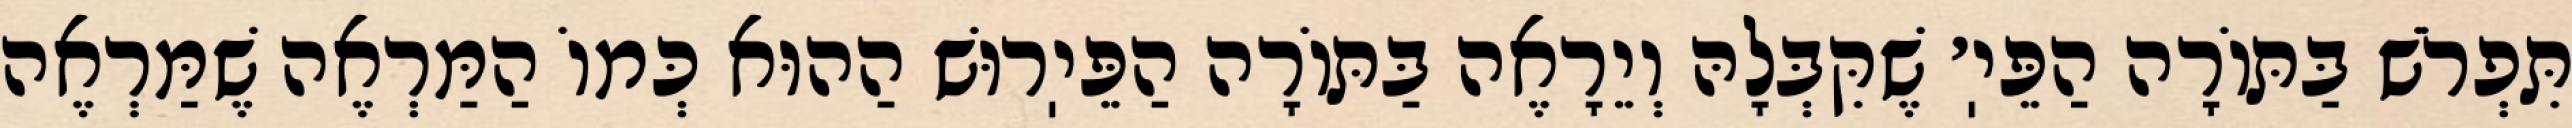
תִּפְרֹשׁ בַּתּוֹרָה הַפֵּיֽ׳ שֶׁקִּבְּלָהּ וְיֵרָאֶה בַּתּוֹרָה הַפֵּיֽרוּשׁ הַהוּא כְּמוֹ הַמַּרְאֶה שֶׁמַּרְאֶה